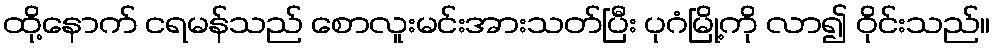
ထို့နောက် ငရမန်သည် စောလူးမင်းအားသတ်ပြီး ပုဂံမြို့ကို လာ၍ ဝိုင်းသည်။